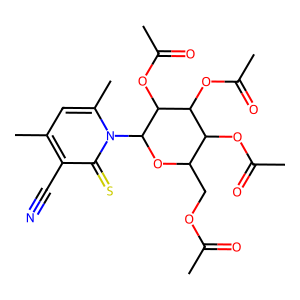
SMILES: CC(=O)OCC1OC(n2c(C)cc(C)c(C#N)c2=S)C(OC(C)=O)C(OC(C)=O)C1OC(C)=O
Inhibits HIV replication: No